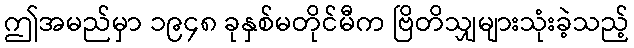
ဤအမည်မှာ ၁၉၄၈ ခုနှစ်မတိုင်မီက ဗြိတိသျှများသုံးခဲ့သည့်